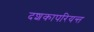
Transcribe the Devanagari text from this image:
दशकापरियन्त